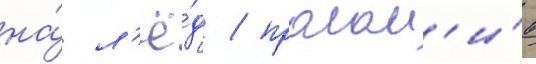
на́ л'ё́д / пролом'и́в